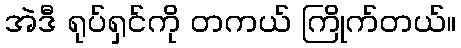
အဲဒီ ရုပ်ရှင်ကို တကယ် ကြိုက်တယ်။